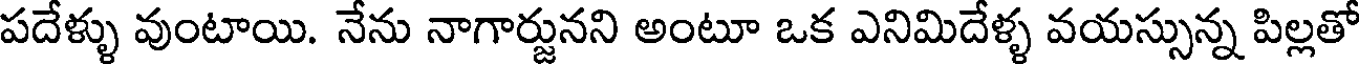
పదేళ్ళు వుంటాయి. నేను నాగార్జునని అంటూ ఒక ఎనిమిదేళ్ళ వయస్సున్న పిల్లతో